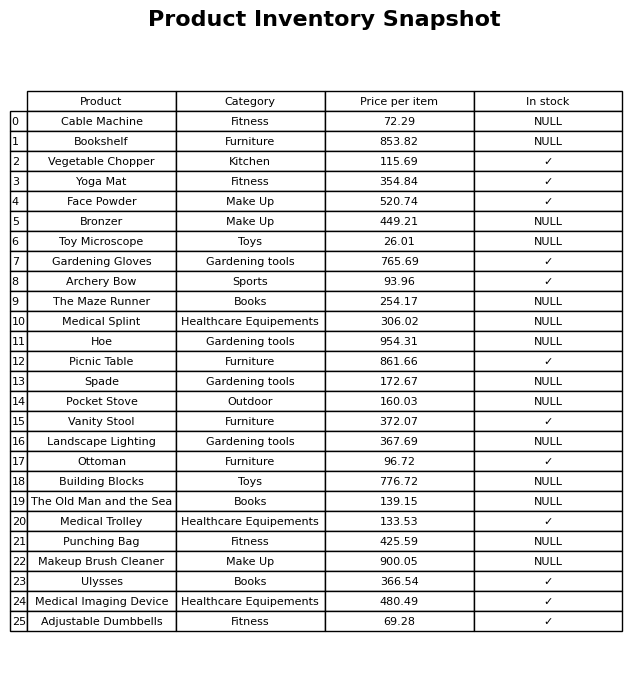
question: What is the price for Ulysses?
answer: The price of Ulysses is 366.54.